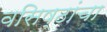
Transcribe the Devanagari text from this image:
वसिष्ठांचा